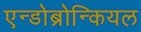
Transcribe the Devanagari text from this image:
एन्डोब्रोन्कियल